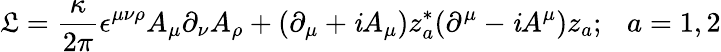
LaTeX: {\cal\mathfrak{L}}=\frac{{\kappa}}{{2\pi}}\epsilon^{\mu\nu\rho}A_{\mu}\partial_{\nu}A_{\rho}+(\partial_{\mu}+{\mathit{i}}A_{\mu})z_{a}^{*}(\partial^{\mu}-{\mathit{i}}A^{\mu})z_{a};~~~a=1,2